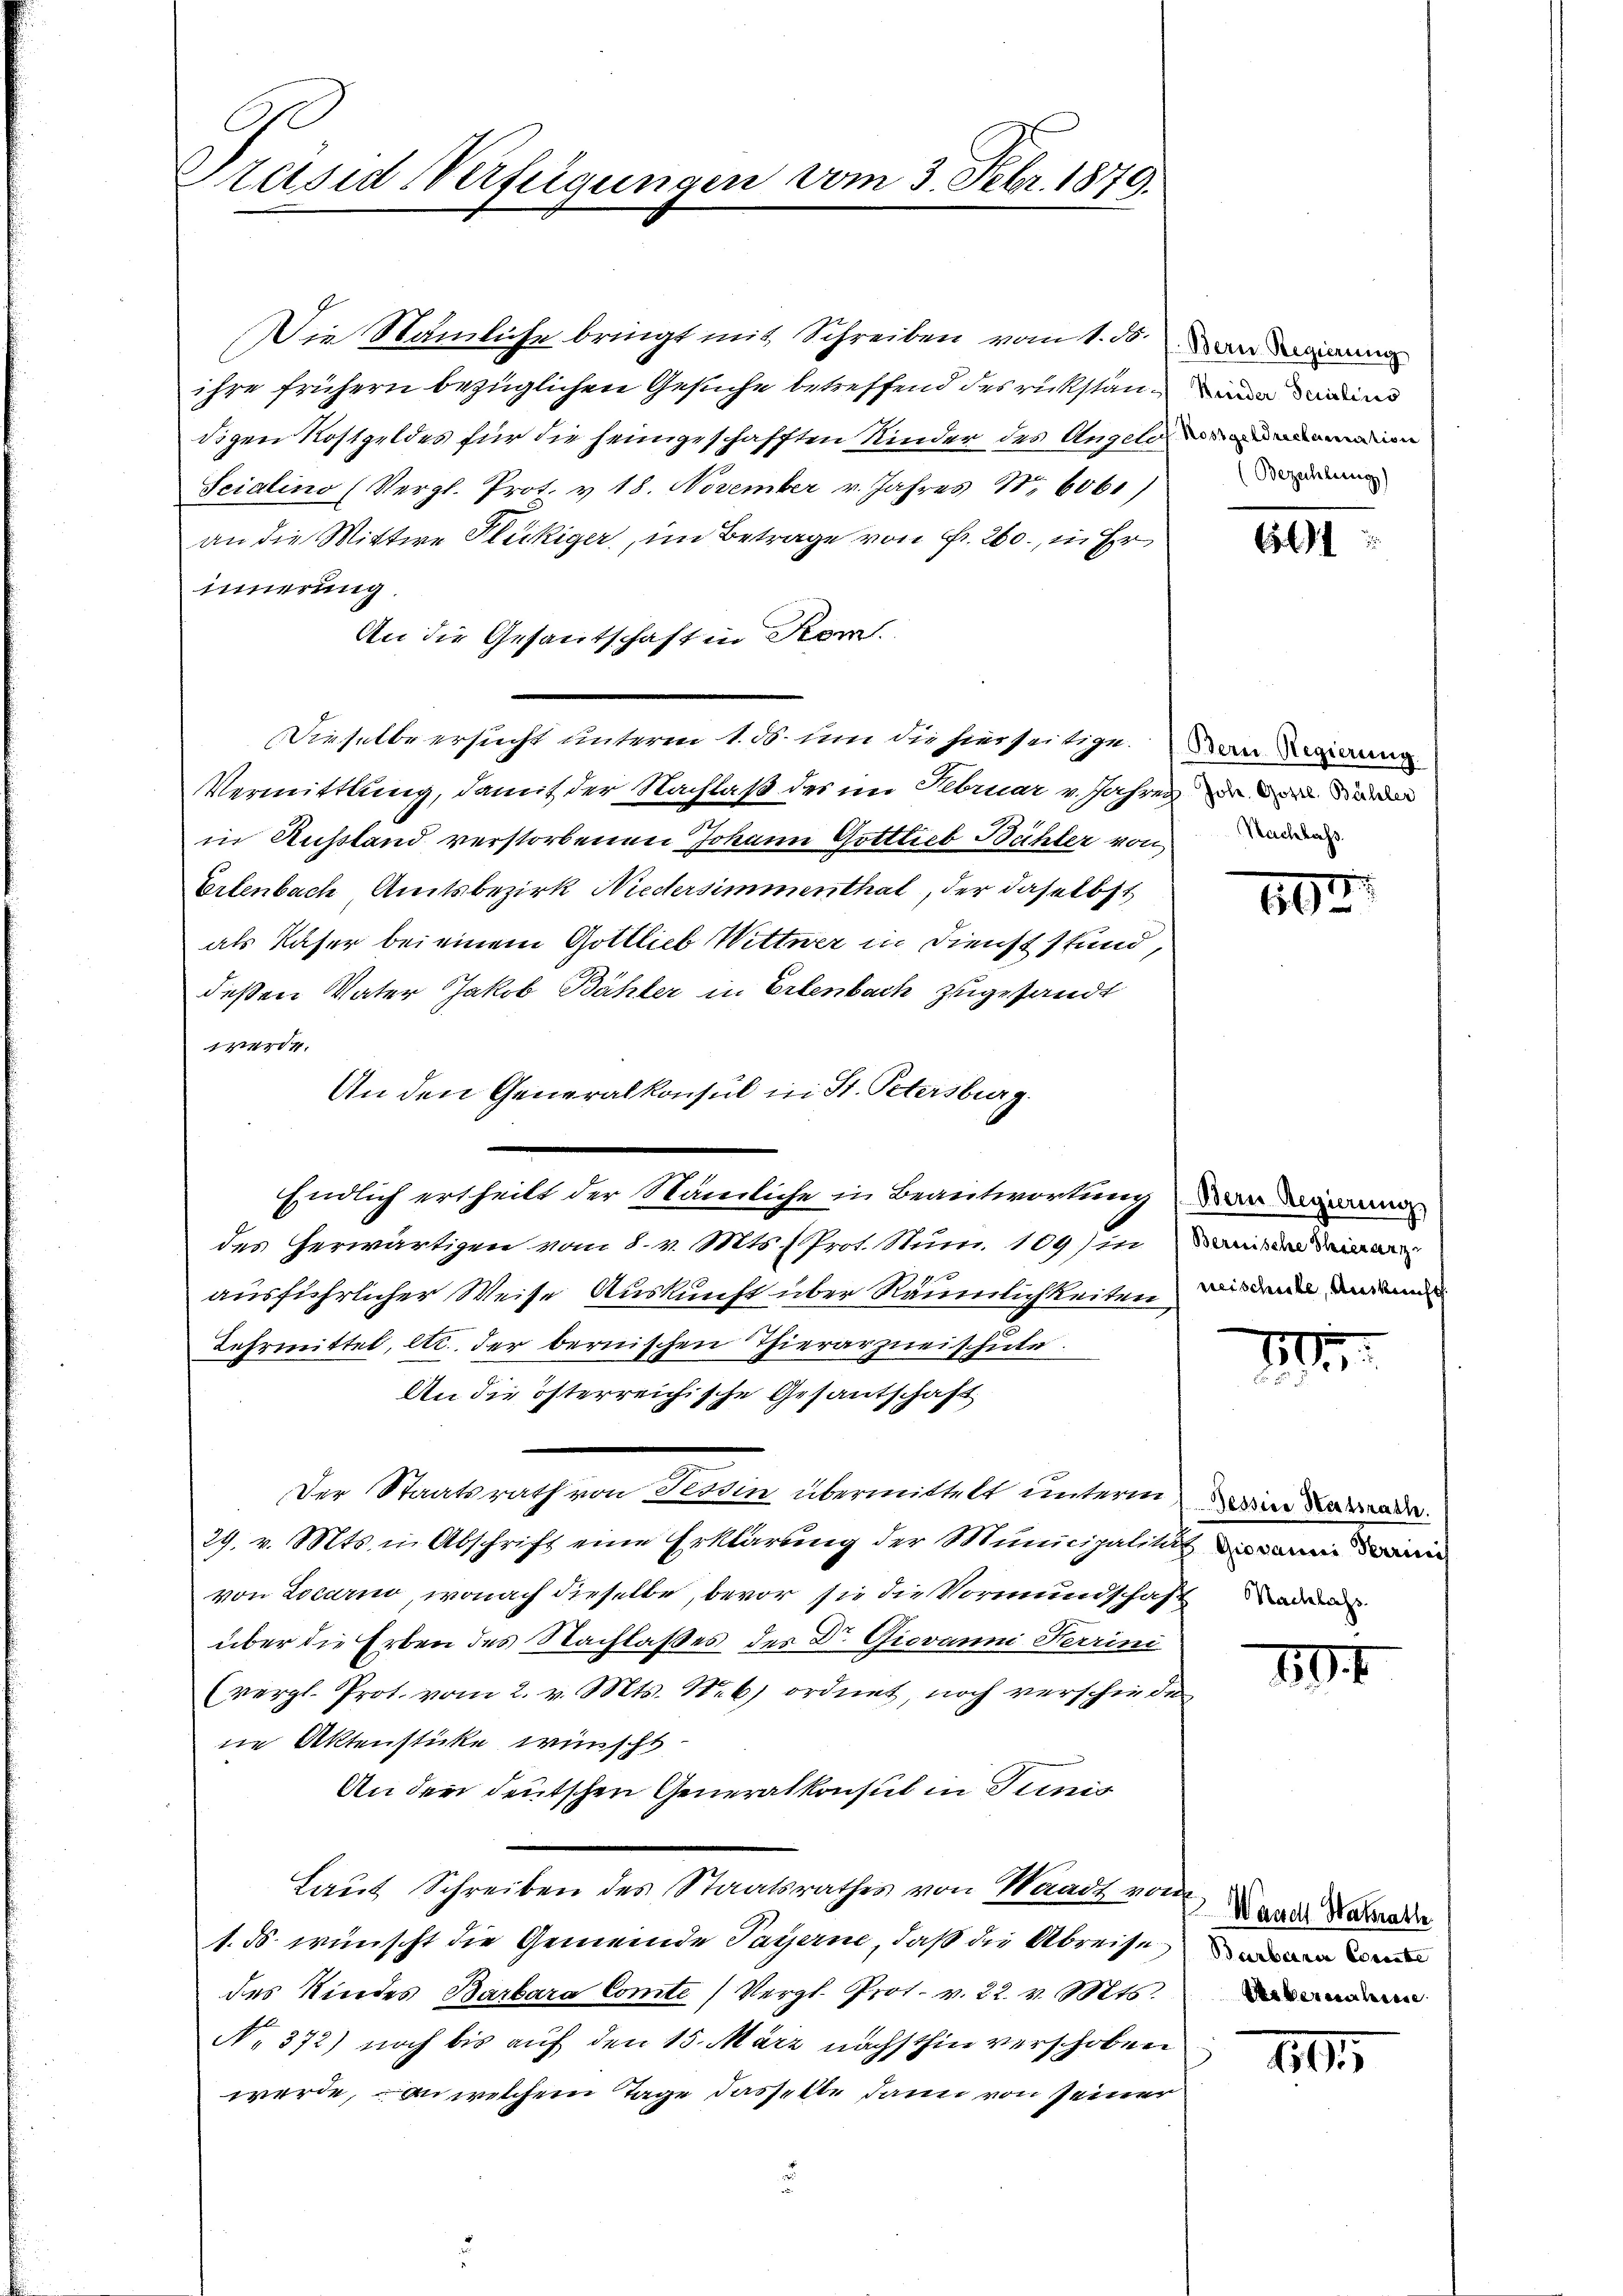
Präsid Verfügungen vom 3. Febr. 1879.

Die Nämliche bringt mit Schreiben vom 1. 50. an
ihre frühern bezüglichen Gesuche betreffend des rückstanden und
digen Kostgeldes für die heimgeschafften Kinder des Angelan
Scialino (Vergl. Prot. v. 18. November v. Jahres No 606.)
an die Mittwe Fleckiger, im Betrage von Fr. 260., in Er
innerung.
An die Gesandtschaft in Kerl.
Dieselbe ersucht unterm 1. ds. um die hierseitige. Danierung
Vermittlung, damit der Nachlaß des im Februar v. Jahren den a
in Ausland verstorbenen Johann Gottlieb Bühler von den
Erlenbach, Amtsbezirk Niedersimmenthal, der daselbst
als Kaser bei einem Gottlieb Wittwer in Dienst stand,
deßen Vater Jakob Bähler in Erlenbach zugesandt
14.
An den Generalkonsul in St. Petersburg.
Endlich ertheilt der Nämliche in Beantwortung, den die
des herwärtigen vom 8. v. Mts. (Prot. Num. 109) in ain mein an
x
ausführlicher Weise Auskunft über Räumlichkeiten den und
Lehrmittel, etc. der bernischen Thierarzneischule.
An die österreichische Gesantschaft
Der Staatsrath von Ferdin übermittelt unterm eine Karade.
29. v. Mts. in Abschrift eine Erklärung der Municipalität an di
von Locarno, wonach dieselbe, bevor sie die Vormundschaft werd
über die Erben des Nachlaßes der Dr. Giovanni Ferrini
(vergl. Prot. vom 2. v. Mts. Neb) ordnet, noch verschiede
die Aktensticke wünscht
An der deutschen Generalkonsul in Junis
Laut Schreiben des Staatsrathes von Waadt von ad ande
1. ds. wünscht die Gemeinde Payerne, daß die Abreisen
des Kindes Barbara Comte (Vergl. Prot. v. 22. v. Mts.
No 372) noch bis auf den 15. März nächsthin verschoben
werde, an welchem Tage dasselbe dann von seiner

(Bezahlung)

61

1
656

1

1

10